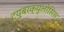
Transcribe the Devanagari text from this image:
टयुबरक्युलोसिस